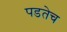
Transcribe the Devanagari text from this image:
पडतेच